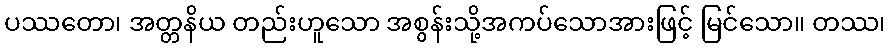
ပဿတော၊ အတ္တနိယ တည်းဟူသော အစွန်းသို့အကပ်သောအားဖြင့် မြင်သော။ တဿ၊